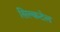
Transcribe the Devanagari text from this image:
सिल्कटेल